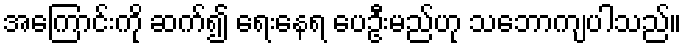
အကြောင်းကို ဆက်၍ ရေးနေရ ပေဦးမည်ဟု သဘောကျပါသည်။